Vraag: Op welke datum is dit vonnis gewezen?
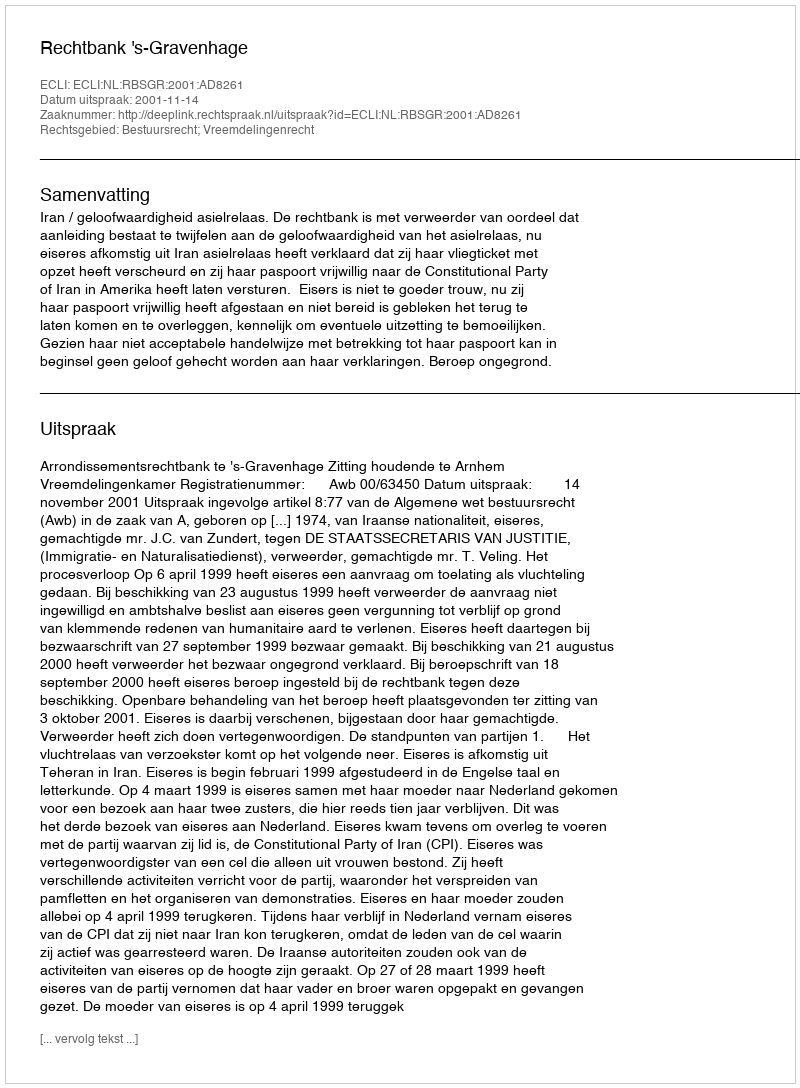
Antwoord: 2001-11-14